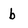
Character: b